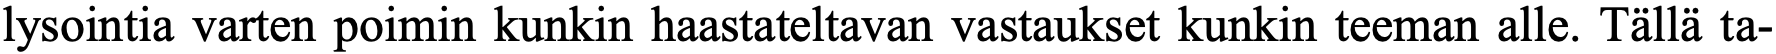
lysointia varten poimin kunkin haastateltavan vastaukset kunkin teeman alle. Tällä ta-